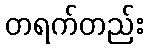
တရက်တည်း